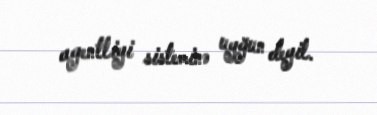
agentliyi sisteminə uyğun deyil.